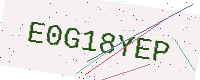
Text: E0G18YEP